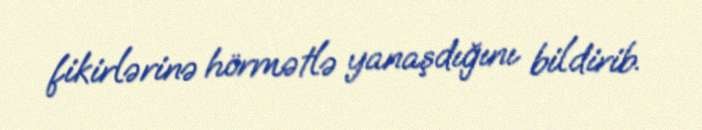
fikirlərinə hörmətlə yanaşdığını bildirib.